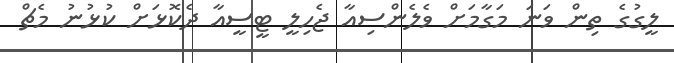
ލީގުގެ ތިން ވަނަ މަގާމަށް ވެލެންސިއާ ޖެހިލީ ޓީސީއާ ދެކޮޅަށް ކުޅުނު މެޗް